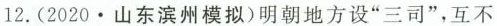
12.(2020.山东滨州模拟)明朝地方设”三司”，互不